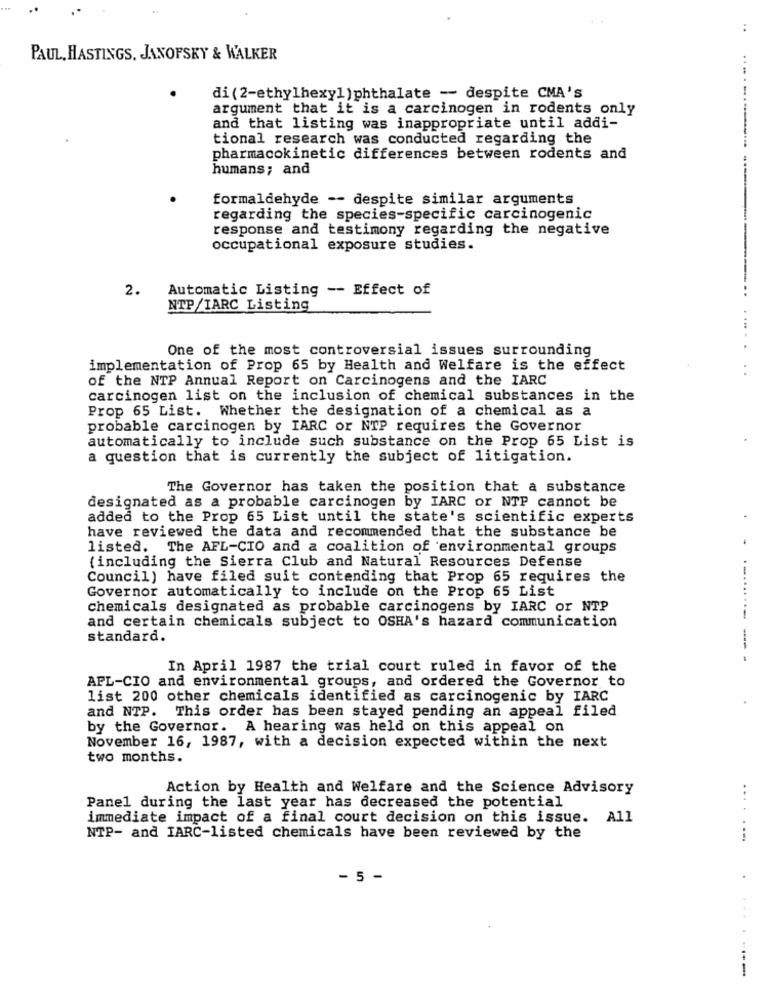
.
PAUL, HASTINGS, JANOFSKY & WALKER
di (2-ethylhexyl )phthalate - despite CMA's
argument that it is a carcinogen in rodents only
and that listing was inappropriate until addi-
tional research was conducted regarding the
pharmacokinetic differences between rodents and
humans; and
formaldehyde -- despite similar arguments
regarding the species-specific carcinogenic
response and testimony regarding the negative
occupational exposure studies.
2.
Automatic Listing -- Effect of
NTP/IARC Listing
One of the most controversial issues surrounding
implementation of Prop 65 by Health and Welfare is the effect
of the NTP Annual Report on Carcinogens and the IARC
carcinogen list on the inclusion of chemical substances in the
Prop 65 List. Whether the designation of a chemical as a
probable carcinogen by IARC or NTP requires the Governor
automatically to include such substance on the Prop 65 List is
a question that is currently the subject of litigation.
The Governor has taken the position that a substance
designated as a probable carcinogen by IARC or NTP cannot be
added to the Prop 65 List until the state's scientific experts
have reviewed the data and recommended that the substance be
listed. The AFL-CIO and a coalition of environmental groups
(including the Sierra Club and Natural Resources Defense
Council) have filed suit contending that Prop 65 requires the
Governor automatically to include on the Prop 65 List
chemicals designated as probable carcinogens by IARC or NTP
and certain chemicals subject to OSHA's hazard communication
...........
standard.
--
In April 1987 the trial court ruled in favor of the
AFL-CIO and environmental groups, and ordered the Governor to
list 200 other chemicals identified as carcinogenic by IARC
and NTP. This order has been stayed pending an appeal filed
by the Governor. A hearing was held on this appeal on
November 16, 1987, with a decision expected within the next
two months.
Action by Health and Welfare and the Science Advisory
Panel during the last year has decreased the potential
... .
immediate impact of a final court decision on this issue. All
NTP- and IARC-listed chemicals have been reviewed by the
- 5 -
-----